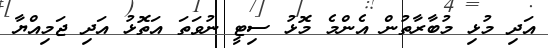
އަދި މުޅި މުބާރާތުން އެންމެ މޮޅު ސިޓީ ނުވަތަ އަތޮޅު އަދި ޖަމިއްޔާ